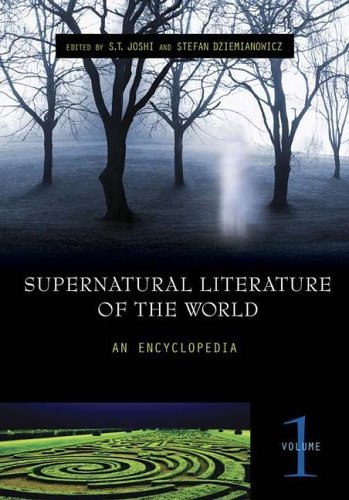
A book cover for Supernatural Literature of the World [3 volumes]: An Encyclopedia; Reference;